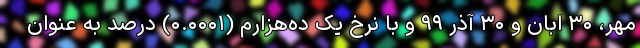
مهر، ۳۰ ابان و ۳۰ آذر ۹۹ و با نرخ یک ده‌هزارم (۰.۰۰۰۱) درصد به عنوان